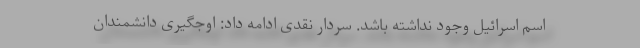
اسم اسرائیل وجود نداشته باشد. سردار نقدی ادامه داد: اوجگیری دانشمندان